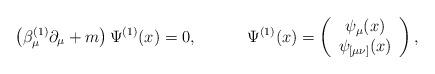
LaTeX: \begin{align*}\left( \beta _\mu ^{(1)}\partial _\mu +m\right) \Psi ^{(1)}(x)=0,\hspace{0.5in}\Psi ^{(1)}(x)=\left(\begin{array}{c}\psi_\mu (x)\\\psi_{[\mu \nu ]}(x)\end{array}\right), \end{align*}